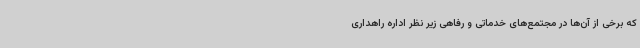
که برخی از آن‌ها در مجتمع‌های خدماتی و رفاهی زیر نظر اداره راهداری